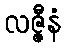
လဇ္ဇီနံ